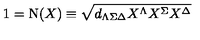
1 = \mathrm { N } ( X ) \equiv \sqrt { d _ { \Lambda \Sigma \Delta } X ^ { \Lambda } X ^ { \Sigma } X ^ { \Delta } }